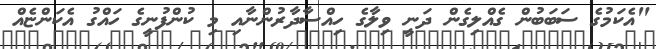
"އެކަމުގެ ސަބަބުން ގެއްލިގެން ދަނީ ވިލާގެ ހިއްސާދާރުންނާއި މި ކުންފުނީގެ ހައްގު އެކަންޏެއް